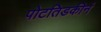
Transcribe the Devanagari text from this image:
पोटतिडकीनं